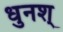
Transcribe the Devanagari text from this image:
धुनश्